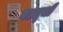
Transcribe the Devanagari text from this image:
गल्लूजी